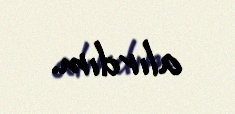
alırdım.